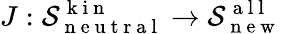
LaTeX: J:\mathcal{S}_{\mathrm{{~n~e~u~t~r~a~l~}}}^{\mathrm{{~k~i~n~}}}\to\mathcal{S}_{\mathrm{{~n~e~w~}}}^{\mathrm{{~a~l~l~}}}